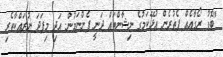
"ބޮޑު ރޯގާއެއް ފެތުރެން އުޅޭކަމުގެ ނިޝާންތައް ދަނީ ފެންނަމުން. އަދި މިފަދަ ނުރައްކާތެރި